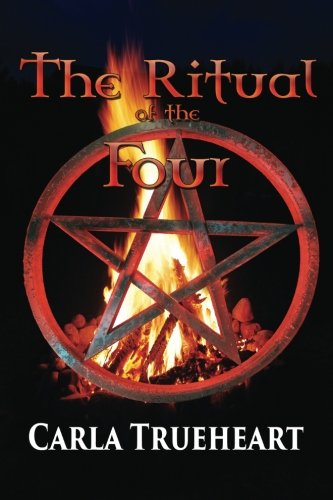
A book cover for The Ritual of the Four; Carla Trueheart; Science Fiction & Fantasy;